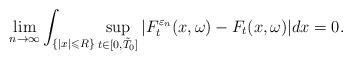
LaTeX: \begin{align*}\lim_{n\rightarrow \infty}\int_{\{|x|\leqslant R\}}\sup_{ t \in [0,\tilde T_0]}|F_t^{\varepsilon_n}(x,\omega)-F_t(x,\omega)| dx=0.\end{align*}